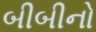
બીબીનો